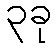
၃ခု